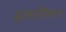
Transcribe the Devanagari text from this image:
इंटरटॉपिकल